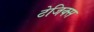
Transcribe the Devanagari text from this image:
टेजिक्स